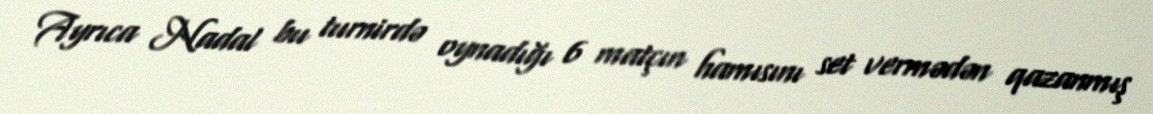
Ayrıca Nadal bu turnirdə oynadığı 6 matçın hamısını set vermədən qazanmış